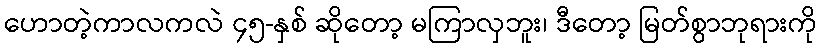
ဟောတဲ့ကာလကလဲ ၄၅-နှစ် ဆိုတော့ မကြာလှဘူး၊ ဒီတော့ မြတ်စွာဘုရားကို